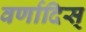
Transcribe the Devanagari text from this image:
वर्णादिस्‌